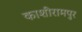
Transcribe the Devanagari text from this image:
काशीरामपुर